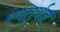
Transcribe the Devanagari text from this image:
श्वतुर्यज्ञ